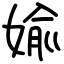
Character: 婾